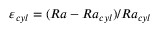
\varepsilon _ { c y l } = ( R a - R a _ { c y l } ) / R a _ { c y l }